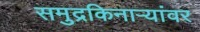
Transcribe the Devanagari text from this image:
समुद्रकिनाऱ्यांवर